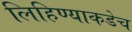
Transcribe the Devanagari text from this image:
लिहिण्याकडेच